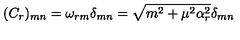
( C _ { r } ) _ { m n } = \omega _ { r m } \delta _ { m n } = \sqrt { m ^ { 2 } + \mu ^ { 2 } \alpha _ { r } ^ { 2 } } \delta _ { m n }